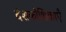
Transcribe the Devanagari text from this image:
दंशकोशिकाएँ